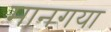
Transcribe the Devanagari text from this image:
मानगया